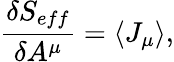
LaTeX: \frac{\delta S_{eff}}{\delta A^{\mu}}=\langle J_{\mu}\rangle,